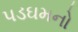
પડઘમનો